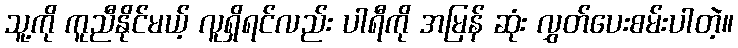
သူ့ကို ကူညီနိုင်မယ့် လူရှိရင်လည်း ပါရီကို အမြန် ဆုံး လွှတ်ပေးစမ်းပါတဲ့။